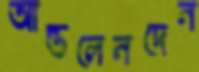
আন্তলেনদেন